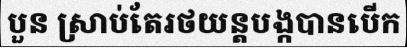
បួន ស្រាប់តែរថយន្តបង្កបានបើក